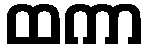
ထကာ